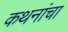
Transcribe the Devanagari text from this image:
कथनांचा